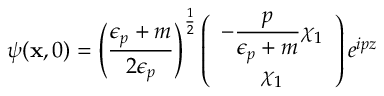
\psi ( { \bf x } , 0 ) = \left( \frac { \epsilon _ { p } + m } { 2 \epsilon _ { p } } \right) ^ { \frac { 1 } { 2 } } \left( \begin{array} { c } { { { \displaystyle - \frac { p } { \epsilon _ { p } + m } } \chi _ { 1 } } } \\ { { \chi _ { 1 } } } \end{array} \right) e ^ { i p z }